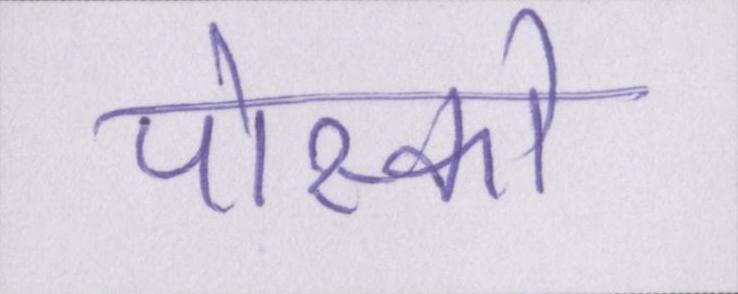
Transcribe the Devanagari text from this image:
पोस्को